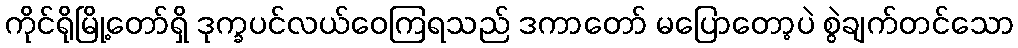
ကိုင်ရိုမြို့တော်ရှိ ဒုက္ခပင်လယ်ဝေကြရသည် ဒကာတော် မပြောတော့ပဲ စွဲချက်တင်သော